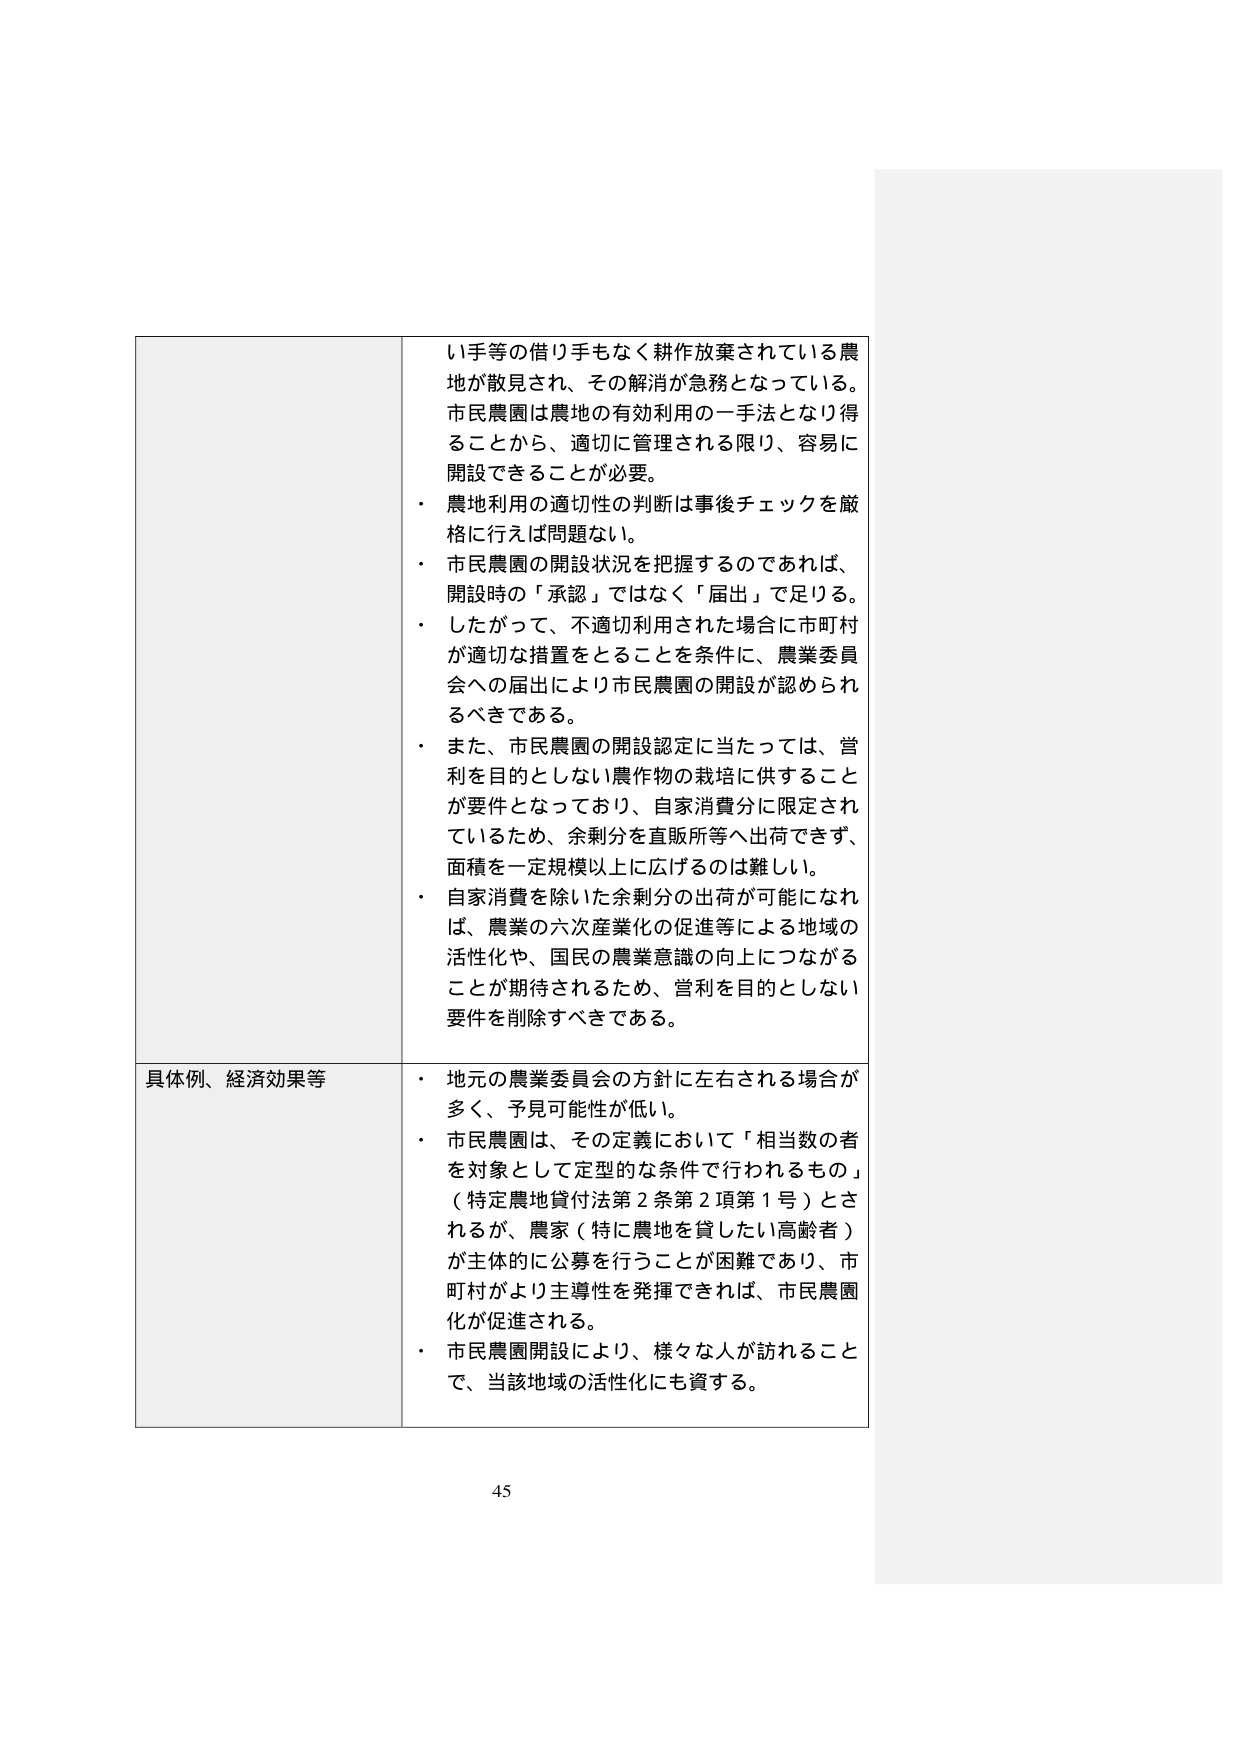
い手等の借り手もなく耕作放棄されている農地が散見され、その解消が急務となっている。市民農園は農地の有効利用の一手法となり得ることから、適切に管理される限り、容易に開設できることが必要。
・ 農地利用の適切性の判断は事後チェックを厳格に行えば問題ない。
・ 市民農園の開設状況を把握するのであれば、開設時の「承認」ではなく「届出」で足りる。
・ したがって、不適切利用された場合に市町村が適切な措置をとることを条件に、農業委員会への届出により市民農園の開設が認められるべきである。
・ また、市民農園の開設認定に当たっては、営利を目的としない農作物の栽培に供することが要件となっており、自家消費分に限定されているため、余剰分を直販所等へ出荷できず、面積を一定規模以上に広げるのは難しい。
・ 自家消費を除いた余剰分の出荷が可能になれば、農業の六次産業化の促進等による地域の活性化や、国民の農業意識の向上につながることが期待されるため、営利を目的としない要件を削除すべきである。

具体例、経済効果等
・ 地元の農業委員会の方針に左右される場合が多く、予見可能性が低い。
・ 市民農園は、その定義において「相当数の者を対象として定型的な条件で行われるもの」（特定農地貸付法第2条第2項第1号）とされるが、農家（特に農地を貸したい高齢者）が主体的に公募を行うことが困難であり、市町村がより主導性を発揮できれば、市民農園化が促進される。
・ 市民農園開設により、様々な人が訪れることで、当該地域の活性化にも資する。

45